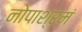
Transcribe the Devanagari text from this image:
नोपाश्रमं